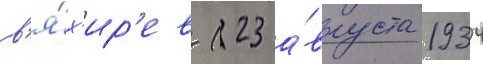
в'я́х'ир'ев (23 а́вгуста 1934